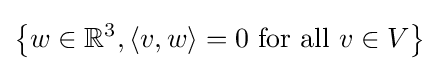
\left\{w\in \mathbb {R} ^{3},\langle v,w\rangle =0{\text{ for all }}v\in V\right\}